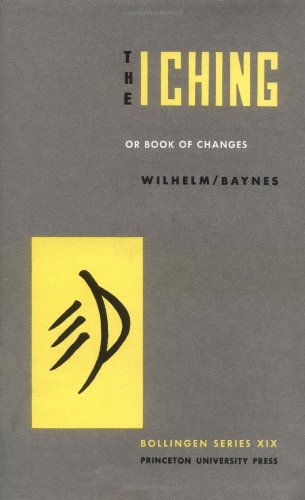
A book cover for The I Ching, or,  Book of Changes (Bollingen Series XIX) (Bollingen Series (General)); Politics & Social Sciences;